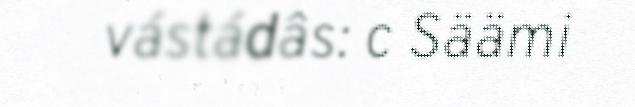
vástádâs: c Säämi